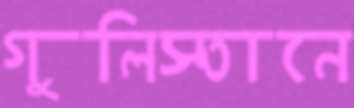
গুলিস্তানে